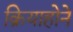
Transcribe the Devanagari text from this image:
क्रियाहोने